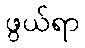
ဖွယ်ရာ